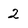
Character: 2